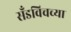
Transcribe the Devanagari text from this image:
सँडविचच्या